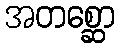
အတစ္ဆော